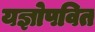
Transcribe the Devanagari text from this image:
यज्ञोपवित